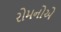
રોમનોએ